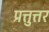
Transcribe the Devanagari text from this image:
प्रत्तुत्तर